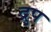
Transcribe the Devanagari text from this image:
द्रुप